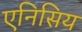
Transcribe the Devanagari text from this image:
एनिसिय